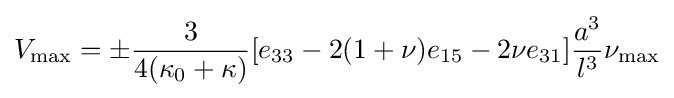
V_{\text{max}}=\pm {\frac {3}{4(\kappa _{0}+\kappa )}}[e_{\text{33}}-2(1+\nu )e_{\text{15}}-2\nu e_{\text{31}}]{\frac {a^{3}}{l^{3}}}\nu _{\text{max}}